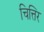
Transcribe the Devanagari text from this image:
चित्तिर